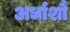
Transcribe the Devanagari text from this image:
अर्धाशौं